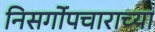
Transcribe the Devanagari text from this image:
निसर्गोपचाराच्या